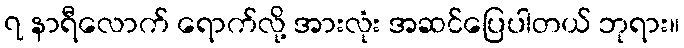
၇ နာရီလောက် ရောက်လို့ အားလုံး အဆင်ပြေပါတယ် ဘုရား။